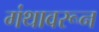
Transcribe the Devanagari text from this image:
गंथावरून